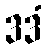
ဒဒံ